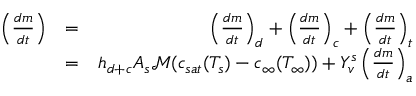
\begin{array} { r l r } { \left( \frac { d m } { d t } \right) } & { = } & { \left( \frac { d m } { d t } \right) _ { d } + \left( \frac { d m } { d t } \right) _ { c } + \left( \frac { d m } { d t } \right) _ { t } } \\ & { = } & { h _ { d + c } A _ { s } \mathcal { M } ( c _ { s a t } ( T _ { s } ) - c _ { \infty } ( T _ { \infty } ) ) + Y _ { v } ^ { s } \left( \frac { d m } { d t } \right) _ { a } } \end{array}